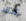
كذلك